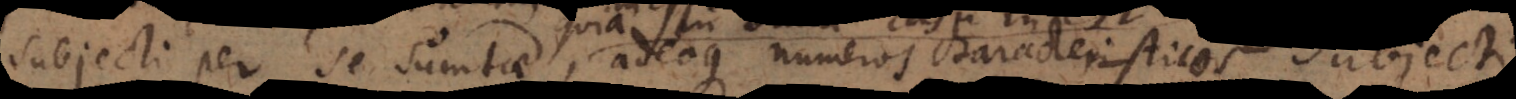
ubjecti per se sumtae, adeoque numeros characteristicos subject